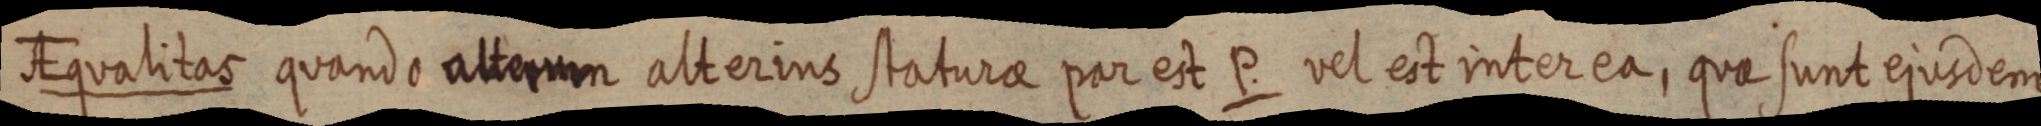
AEqualitas quando alterum alterius staturae par est P. vel est inter ea, quae sunt ejusdem